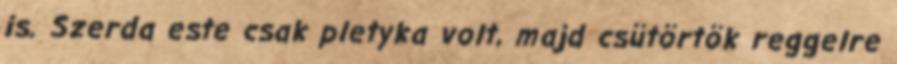
is. Szerda este csak pletyka volt, majd csütörtök reggelre